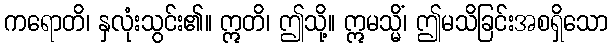
ကရောတိ၊ နှလုံးသွင်း၏။ ဣတိ၊ ဤသို့။ ဣမသ္မိံ၊ ဤမသိခြင်းအစရှိသော